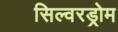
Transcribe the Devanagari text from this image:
सिल्वरड्रोम